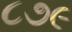
૮૭૯